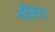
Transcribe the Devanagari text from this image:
अहिङना